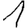
Digit: 1